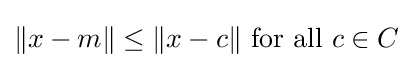
\|x-m\|\leq \|x-c\|{\text{ for all }}c\in C